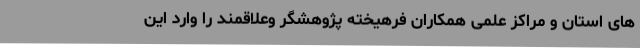
های استان و مراکز علمی همکاران فرهیخته پژوهشگر وعلاقمند را وارد این